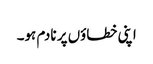
اپنی خطاؤں پر نادم ہو۔